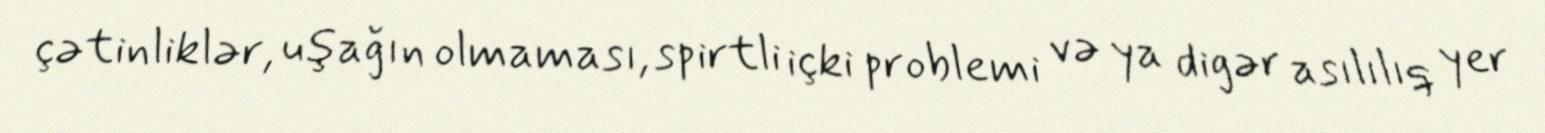
çətinliklər, uşağın olmaması, spirtli içki problemi və ya digər asılılıq yer